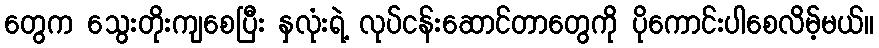
တွေက သွေးတိုးကျစေပြီး နှလုံးရဲ့ လုပ်ငန်းဆောင်တာတွေကို ပိုကောင်းပါစေလိမ့်မယ်။